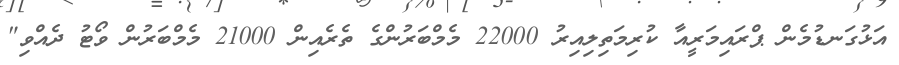
އަޅުގަނޑުމެން ޕްރައިމަރީއާ ކުރިމަތިލިއިރު 22000 މެމްބަރުންގެ ތެރެއިން 21000 މެމްބަރުން ވޯޓު ދެއްވި"